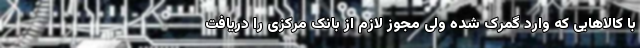
با کالاهایی که وارد گمرک شده ولی مجوز لازم از بانک مرکزی را دریافت